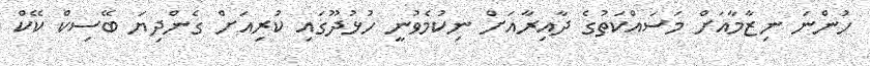
ހުންނަ ނިޒާމާއަށް މަސައްކަތުގެ ދާއިރާއަށް ނިކުމެވުނީ ހުޅުދޫގައި ކުރިއަށް ގެންދިޔަ ބޭސިކް ކޭކް